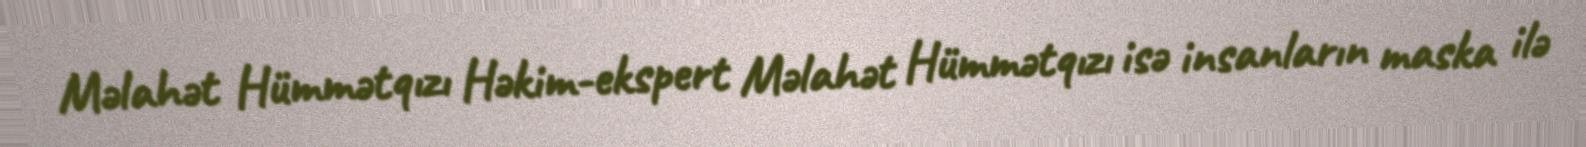
Məlahət Hümmətqızı Həkim-ekspert Məlahət Hümmətqızı isə insanların maska ilə